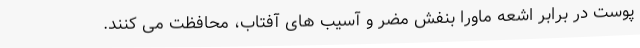
پوست در برابر اشعه ماورا بنفش مضر و آسیب های آفتاب، محافظت می کنند.